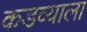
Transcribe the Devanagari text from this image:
कडव्याला